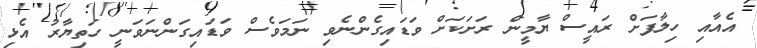
އެއާއި ހިލާފަށް ރައީސް ޔާމީން ރަށަކަށް ވަޑައިގެންނެވި ނަމަވެސް ވަޑައިގަންނަވަނީ ހަތިޔާރު އެޅި